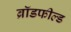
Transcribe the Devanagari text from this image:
ब्रॉडफील्ड